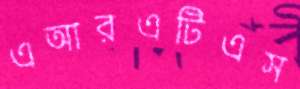
এআরএটিএস